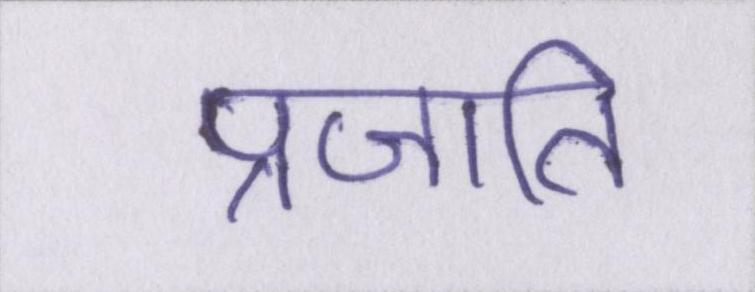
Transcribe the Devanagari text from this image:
प्रजाति